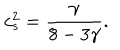
c _ { s } ^ { 2 } = \frac { \gamma } { 8 - 3 \gamma } .